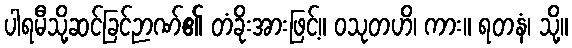
ပါရမီသို့ဆင်ခြင်ဉာဏ်၏ တံခိုးအားဖြင့်။ ဝသုတဟိ၊ ကား။ ရတနံ၊ သို့။